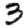
Digit: 3